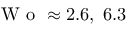
\textrm { W o } \approx 2 . 6 , \ 6 . 3